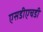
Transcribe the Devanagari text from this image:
एसडीएचडी